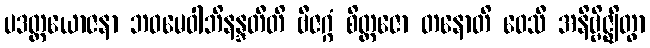
ပဒတ္ထယောဇနာ ဘဝမေဝါဘိနန္ဒတီတိ ဗီဇဂ္ဂံ စိတ္တဇော တနောတိ ဝေသီ အနိဗ္ဗိဇ္ဈိတွာ